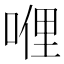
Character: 𠸨